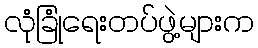
လုံခြုံရေးတပ်ဖွဲ့များက